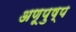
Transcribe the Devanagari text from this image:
अणूपुष्प